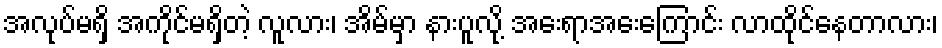
အလုပ်မရှိ အကိုင်မရှိတဲ့ လူလား၊ အိမ်မှာ နားပူလို့ အေးရာအေးကြောင်း လာထိုင်နေတာလား၊